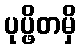
ပုပ္ဖိတမှိ